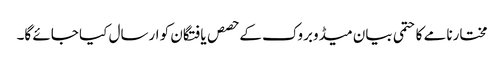
مختارنامے کا حتمی بیان میڈوبروک کے حصص یافتگان کو ارسال کیا جائے گا۔